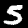
Label: 5